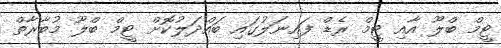
ޓީމް ބްލޫ އާއި ޓީމް ރެޑް ފައިނަލުގައި ބައްދަލުކޮށް ޓީމް ބްލޫ މުބާރާތް